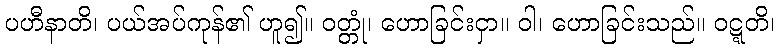
ပဟီနာတိ၊ ပယ်အပ်ကုန်၏ ဟူ၍။ ဝတ္တုံ၊ ဟောခြင်းငှာ။ ဝါ၊ ဟောခြင်းသည်။ ဝဋ္ဋတိ၊